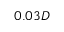
0 . 0 3 D